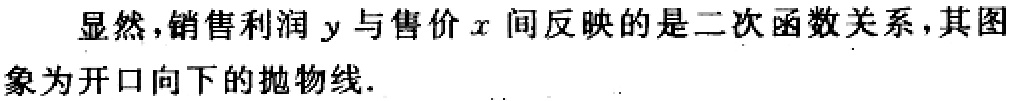
显然，销售利润 \(y\) 与售价 \(x\) 间反映的是二次函数关系，其图象为开口向下的抛物线.